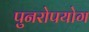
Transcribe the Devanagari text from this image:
पुनरोपयोग